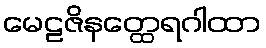
မေဠဇိနတ္ထေရဂါထာ